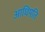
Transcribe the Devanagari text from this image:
आधिपति